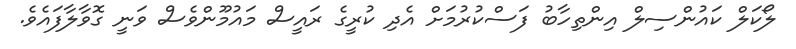
ލޯކަލް ކައުންސިލް އިންތިހާބު ފަސްކުރުމަށް އެދި ކުރީގެ ރައީސް މައުމޫންވެސް ވަނީ ގޮވާލާފައެވެ.